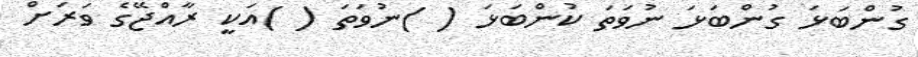
ގުންބަޅަ ގުންބަޅަ ނުވަތަ ކުންބަޅަ ( )ނުވަތަ ( )އަކީ ރާއްޖޭގެ ވަރަށް